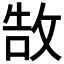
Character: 𢽍